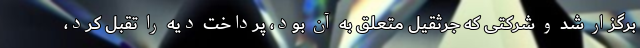
برگزار شد و شرکتی که جرثقیل متعلق به آن بود، پرداخت دیه را تقبل کرد،